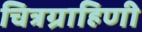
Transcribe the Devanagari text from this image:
चित्रग्राहिणी